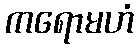
ကရောမဟံ